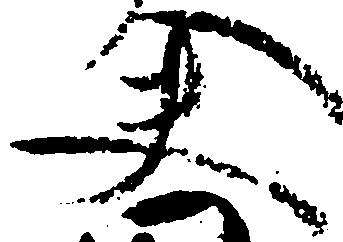
夫